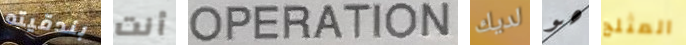
بندقيته أنت OPERATION لديك هو المثلج